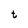
Character: t